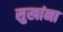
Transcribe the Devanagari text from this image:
सुखांना